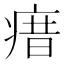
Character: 瘄